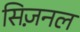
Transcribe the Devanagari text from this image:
सिज़नल